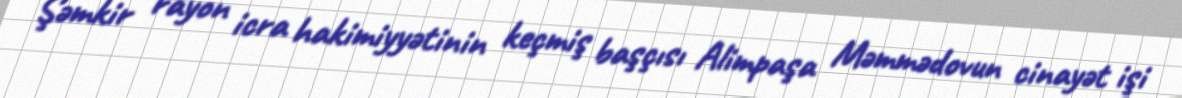
Şəmkir rayon icra hakimiyyətinin keçmiş başçısı Alimpaşa Məmmədovun cinayət işi